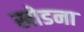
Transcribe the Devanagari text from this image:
खोडना